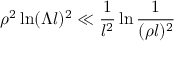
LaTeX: \rho ^ { 2 } \ln ( \Lambda l ) ^ { 2 } \ll \frac { 1 } { l ^ { 2 } } \ln \frac { 1 } { ( \rho l ) ^ { 2 } }